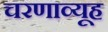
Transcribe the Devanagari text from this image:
चरणाव्यूह